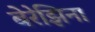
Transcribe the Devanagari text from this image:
बेरेझिना